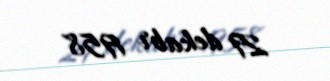
29 dekabr 1958